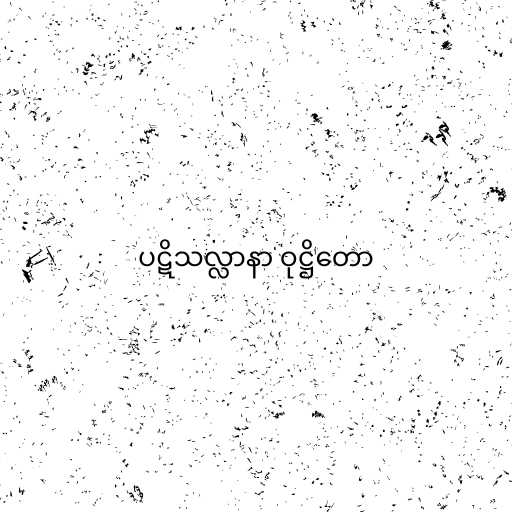
ပဋိသလ္လာနာ ဝုဋ္ဌိတော